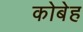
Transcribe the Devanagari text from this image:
कोबेह